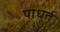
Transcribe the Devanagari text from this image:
पाधर्त